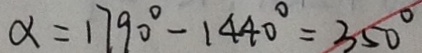
\alpha = 1 7 9 0 ^ { \circ } - 1 4 4 0 ^ { \circ } = 3 5 0 ^ { \circ }